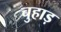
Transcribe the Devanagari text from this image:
चुहाड़